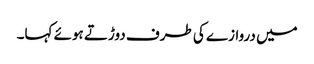
میں دروازے کی طرف دوڑتے ہوئے کہا۔